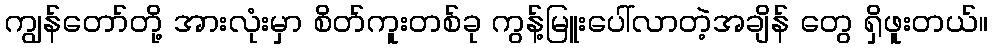
ကျွန်တော်တို့ အားလုံးမှာ စိတ်ကူးတစ်ခု ကွန့်မြူးပေါ်လာတဲ့အချိန် တွေ ရှိဖူးတယ်။